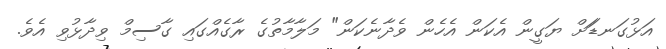
އަޅުގަނޑަަށް ޔަގީން އެކަން އެހެން ވެދާނެކަން" މަލާމާތުގެ ރާގެއްގައި ގާސިމް ވިދާޅުވި އެވެ.